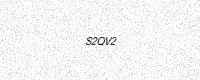
Text: S2QV2